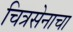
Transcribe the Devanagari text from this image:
चित्रसेनाचा